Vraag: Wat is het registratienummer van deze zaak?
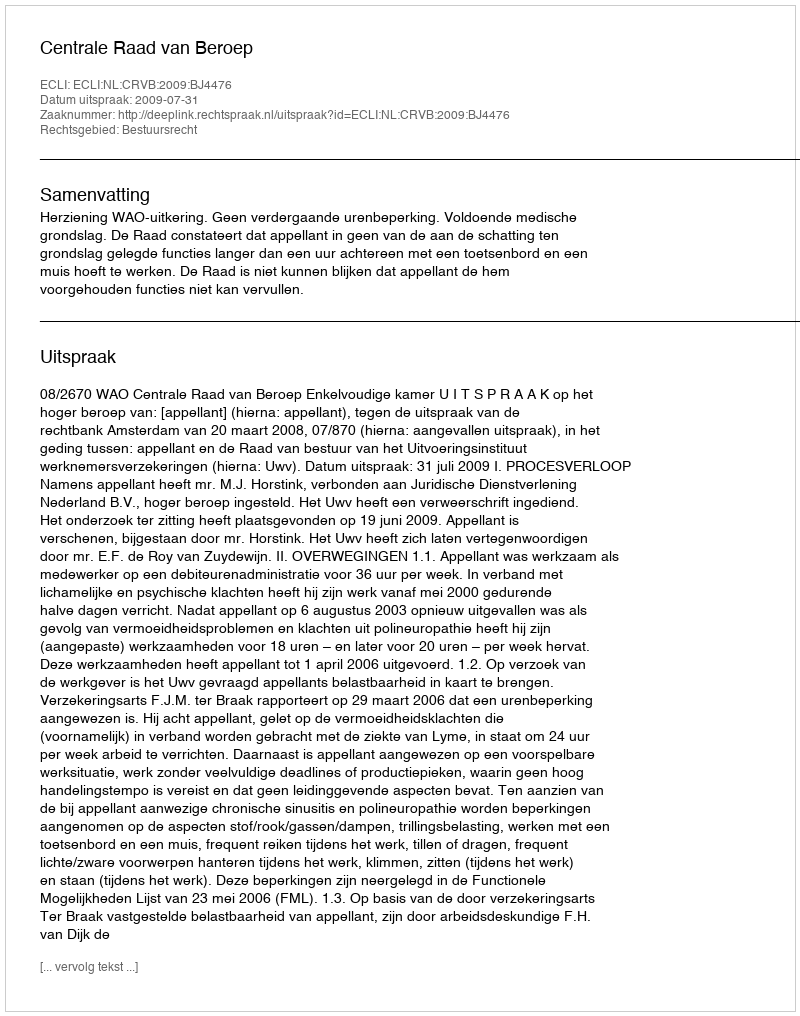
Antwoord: http://deeplink.rechtspraak.nl/uitspraak?id=ECLI:NL:CRVB:2009:BJ4476